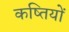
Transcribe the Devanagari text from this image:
कष्तियों